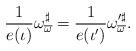
LaTeX: \begin{align*}\frac{1}{e(\iota)}\omega_{\overline{\omega}}^{\sharp}=\frac{1}{e(\iota')} \omega'^{\sharp}_{\overline{\omega}}.\end{align*}